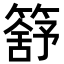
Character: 𥳕